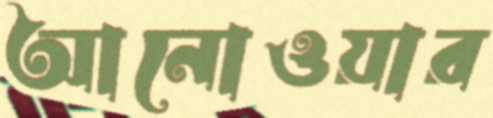
আনোওয়ার